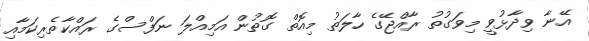
އޭނާ ވިދާޅުވީ މިވަގުތު ރާއްޖޭގެ ހާލަތު މިއޮތް ގޮތުން އަމިއްލަ ނަފްސްގެ ރައްކާތެރިކަމާއި